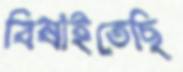
বিষাইতেছি